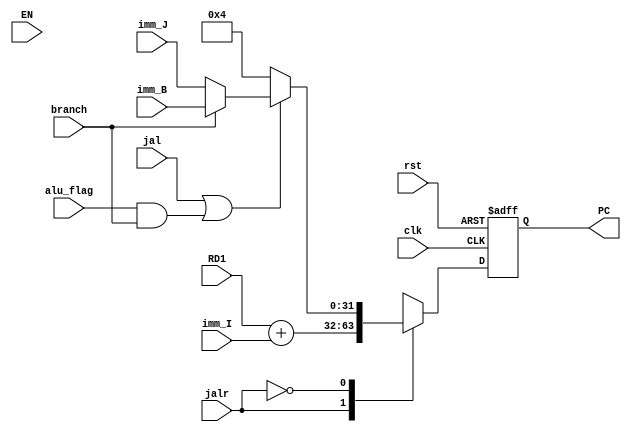
`timescale 1ns / 1ps

module Programm_Counter(
    input               clk,
    input               rst,
    input               EN,
    
    input [31:0]        imm_I,
    input [31:0]        imm_J,
    input [31:0]        imm_B,
    
    input [31:0]        RD1,
    
    input               jalr,
    input               jal,
    input               branch,
    input               alu_flag,
    
    output reg [31:0]   PC
);

wire    en = ~EN;

wire    Br_a_ALU_j      = alu_flag && branch;
wire    jump            = jal         || Br_a_ALU_j;

wire [31:0] jump_addr   = branch ? imm_B : imm_J;
wire [31:0] addr        = jump   ? jump_addr : 32'd4;

wire [31:0] new_PC_addr = PC + addr;
wire [31:0] new_PC_imm  = RD1 + imm_I;

reg  [31:0] new_PC;

    always @(*) begin
        case(jalr)
        2'b01: new_PC <= new_PC_imm;
        2'b00: new_PC <= addr;
        endcase
    end
    
    always @(posedge clk or posedge rst) begin
        if( rst )
            PC <= 32'd0;
        else if( clk )
            PC <= new_PC;
    end

endmodule